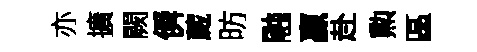
亦擴闕僢蕆昉融贏赴勲區